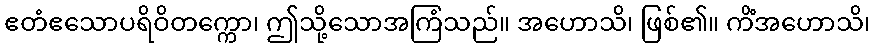
ဧတံဧသောပရိဝိတက္ကော၊ ဤသို့သောအကြံသည်။ အဟောသိ၊ ဖြစ်၏။ ကိံအဟောသိ၊